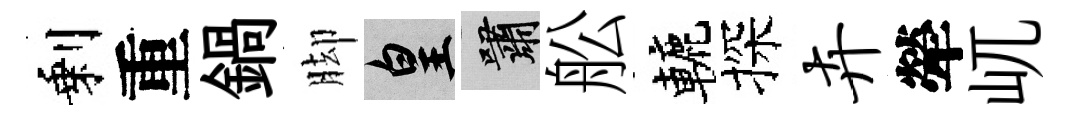
剩重鍋脚皇嘯舩轆探卉犖屼